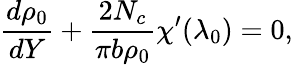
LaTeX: {\frac{d\rho_{0}}{dY}}+{\frac{2N_{c}}{\pi b\rho_{0}}}\chi^{\prime}(\lambda_{0})=0,